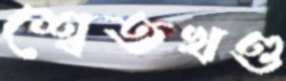
শ্বেতখণ্ড